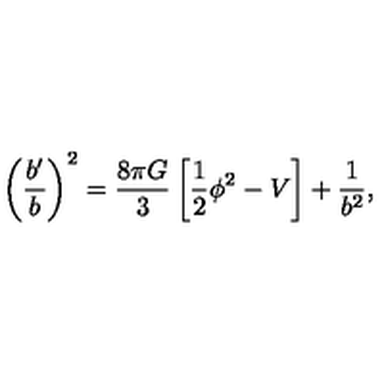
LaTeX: \left( { \frac { b ^ { \prime } } { b } } \right) ^ { 2 } = { \frac { 8 \pi G } { 3 } } \left[ { \frac { 1 } { 2 } } \phi ^ { 2 } - V \right] + { \frac { 1 } { b ^ { 2 } } } ,